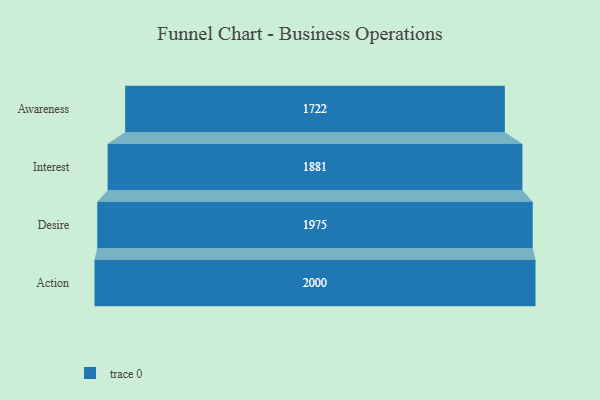
{"axis": {"x": "Stage", "y": "Value"}, "legend": [""], "data": [{"x": "Awareness", "y": 1722.0, "type": ""}, {"x": "Interest", "y": 1881.0, "type": ""}, {"x": "Desire", "y": 1975.0, "type": ""}, {"x": "Action", "y": 2000, "type": ""}]}